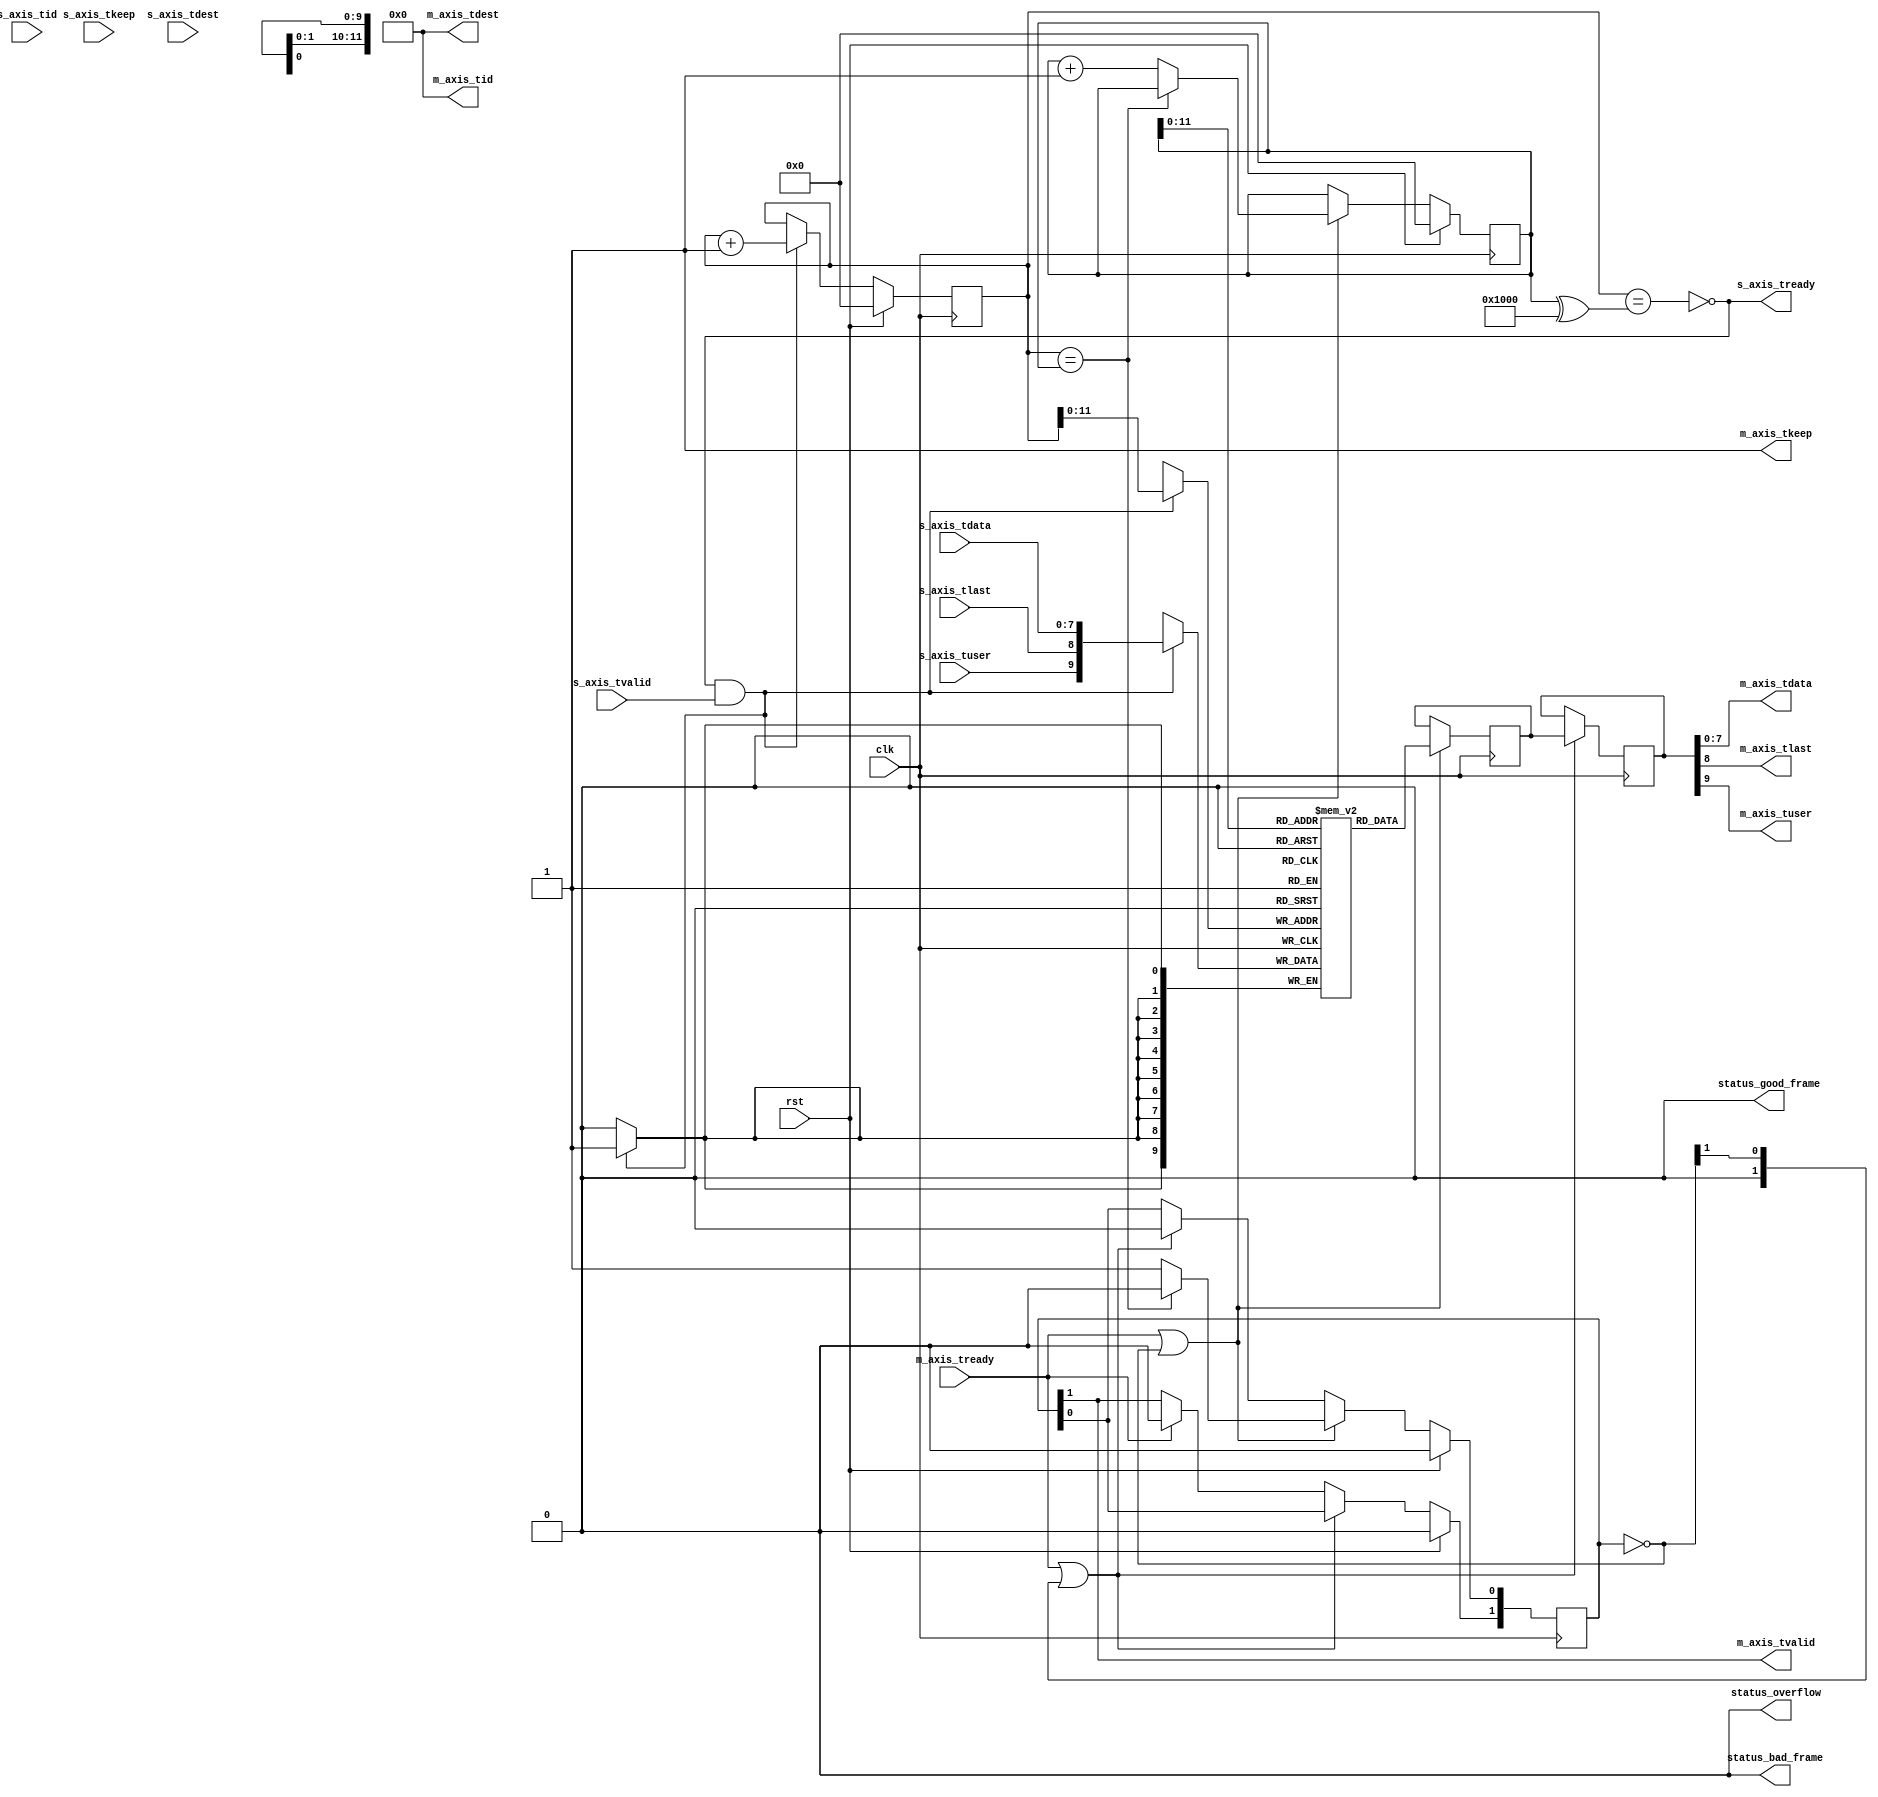
/*

Copyright (c) 2013-2018 Alex Forencich

Permission is hereby granted, free of charge, to any person obtaining a copy
of this software and associated documentation files (the "Software"), to deal
in the Software without restriction, including without limitation the rights
to use, copy, modify, merge, publish, distribute, sublicense, and/or sell
copies of the Software, and to permit persons to whom the Software is
furnished to do so, subject to the following conditions:

The above copyright notice and this permission notice shall be included in
all copies or substantial portions of the Software.

THE SOFTWARE IS PROVIDED "AS IS", WITHOUT WARRANTY OF ANY KIND, EXPRESS OR
IMPLIED, INCLUDING BUT NOT LIMITED TO THE WARRANTIES OF MERCHANTABILITY
FITNESS FOR A PARTICULAR PURPOSE AND NONINFRINGEMENT. IN NO EVENT SHALL THE
AUTHORS OR COPYRIGHT HOLDERS BE LIABLE FOR ANY CLAIM, DAMAGES OR OTHER
LIABILITY, WHETHER IN AN ACTION OF CONTRACT, TORT OR OTHERWISE, ARISING FROM,
OUT OF OR IN CONNECTION WITH THE SOFTWARE OR THE USE OR OTHER DEALINGS IN
THE SOFTWARE.

*/

// Language: Verilog 2001

`timescale 1ns / 1ps

/*
 * AXI4-Stream FIFO
 */
module axis_fifo #
(
    // FIFO depth in words
    // KEEP_WIDTH words per cycle if KEEP_ENABLE set
    // Rounded up to nearest power of 2 cycles
    parameter DEPTH = 4096,
    // Width of AXI stream interfaces in bits
    parameter DATA_WIDTH = 8,
    // Propagate tkeep signal
    // If disabled, tkeep assumed to be 1'b1
    parameter KEEP_ENABLE = (DATA_WIDTH>8),
    // tkeep signal width (words per cycle)
    parameter KEEP_WIDTH = (DATA_WIDTH/8),
    // Propagate tlast signal
    parameter LAST_ENABLE = 1,
    // Propagate tid signal
    parameter ID_ENABLE = 0,
    // tid signal width
    parameter ID_WIDTH = 8,
    // Propagate tdest signal
    parameter DEST_ENABLE = 0,
    // tdest signal width
    parameter DEST_WIDTH = 8,
    // Propagate tuser signal
    parameter USER_ENABLE = 1,
    // tuser signal width
    parameter USER_WIDTH = 1,
    // number of output pipeline registers
    parameter PIPELINE_OUTPUT = 2,
    // Frame FIFO mode - operate on frames instead of cycles
    // When set, m_axis_tvalid will not be deasserted within a frame
    // Requires LAST_ENABLE set
    parameter FRAME_FIFO = 0,
    // tuser value for bad frame marker
    parameter USER_BAD_FRAME_VALUE = 1'b1,
    // tuser mask for bad frame marker
    parameter USER_BAD_FRAME_MASK = 1'b1,
    // Drop frames marked bad
    // Requires FRAME_FIFO set
    parameter DROP_BAD_FRAME = 0,
    // Drop incoming frames when full
    // When set, s_axis_tready is always asserted
    // Requires FRAME_FIFO set
    parameter DROP_WHEN_FULL = 0
)
(
    input  wire                   clk,
    input  wire                   rst,

    /*
     * AXI input
     */
    input  wire [DATA_WIDTH-1:0]  s_axis_tdata,
    input  wire [KEEP_WIDTH-1:0]  s_axis_tkeep,
    input  wire                   s_axis_tvalid,
    output wire                   s_axis_tready,
    input  wire                   s_axis_tlast,
    input  wire [ID_WIDTH-1:0]    s_axis_tid,
    input  wire [DEST_WIDTH-1:0]  s_axis_tdest,
    input  wire [USER_WIDTH-1:0]  s_axis_tuser,

    /*
     * AXI output
     */
    output wire [DATA_WIDTH-1:0]  m_axis_tdata,
    output wire [KEEP_WIDTH-1:0]  m_axis_tkeep,
    output wire                   m_axis_tvalid,
    input  wire                   m_axis_tready,
    output wire                   m_axis_tlast,
    output wire [ID_WIDTH-1:0]    m_axis_tid,
    output wire [DEST_WIDTH-1:0]  m_axis_tdest,
    output wire [USER_WIDTH-1:0]  m_axis_tuser,

    /*
     * Status
     */
    output wire                   status_overflow,
    output wire                   status_bad_frame,
    output wire                   status_good_frame
);

parameter ADDR_WIDTH = (KEEP_ENABLE && KEEP_WIDTH > 1) ? $clog2(DEPTH/KEEP_WIDTH) : $clog2(DEPTH);

localparam KEEP_OFFSET = DATA_WIDTH;
localparam LAST_OFFSET = KEEP_OFFSET + (KEEP_ENABLE ? KEEP_WIDTH : 0);
localparam ID_OFFSET   = LAST_OFFSET + (LAST_ENABLE ? 1          : 0);
localparam DEST_OFFSET = ID_OFFSET   + (ID_ENABLE   ? ID_WIDTH   : 0);
localparam USER_OFFSET = DEST_OFFSET + (DEST_ENABLE ? DEST_WIDTH : 0);
localparam WIDTH       = USER_OFFSET + (USER_ENABLE ? USER_WIDTH : 0);

reg [ADDR_WIDTH:0] wr_ptr_reg = {ADDR_WIDTH+1{1'b0}};
reg [ADDR_WIDTH:0] wr_ptr_cur_reg = {ADDR_WIDTH+1{1'b0}};
reg [ADDR_WIDTH:0] rd_ptr_reg = {ADDR_WIDTH+1{1'b0}};

reg [WIDTH-1:0] mem[(2**ADDR_WIDTH)-1:0];
reg [WIDTH-1:0] mem_read_data_reg;
reg mem_read_data_valid_reg = 1'b0;

wire [WIDTH-1:0] s_axis;

reg [WIDTH-1:0] m_axis_pipe_reg[PIPELINE_OUTPUT-1:0];
reg [PIPELINE_OUTPUT-1:0] m_axis_tvalid_pipe_reg = 1'b0;

// full when first MSB different but rest same
wire full = wr_ptr_reg == (rd_ptr_reg ^ {1'b1, {ADDR_WIDTH{1'b0}}});
wire full_cur = wr_ptr_cur_reg == (rd_ptr_reg ^ {1'b1, {ADDR_WIDTH{1'b0}}});
// empty when pointers match exactly
wire empty = wr_ptr_reg == rd_ptr_reg;
// overflow within packet
wire full_wr = wr_ptr_reg == (wr_ptr_cur_reg ^ {1'b1, {ADDR_WIDTH{1'b0}}});

reg drop_frame_reg = 1'b0;
reg overflow_reg = 1'b0;
reg bad_frame_reg = 1'b0;
reg good_frame_reg = 1'b0;

assign s_axis_tready = FRAME_FIFO ? (!full_cur || full_wr || DROP_WHEN_FULL) : !full;

generate
    assign s_axis[DATA_WIDTH-1:0] = s_axis_tdata;
    if (KEEP_ENABLE) assign s_axis[KEEP_OFFSET +: KEEP_WIDTH] = s_axis_tkeep;
    if (LAST_ENABLE) assign s_axis[LAST_OFFSET]               = s_axis_tlast;
    if (ID_ENABLE)   assign s_axis[ID_OFFSET   +: ID_WIDTH]   = s_axis_tid;
    if (DEST_ENABLE) assign s_axis[DEST_OFFSET +: DEST_WIDTH] = s_axis_tdest;
    if (USER_ENABLE) assign s_axis[USER_OFFSET +: USER_WIDTH] = s_axis_tuser;
endgenerate

assign m_axis_tvalid = m_axis_tvalid_pipe_reg[PIPELINE_OUTPUT-1];

assign m_axis_tdata = m_axis_pipe_reg[PIPELINE_OUTPUT-1][DATA_WIDTH-1:0];
assign m_axis_tkeep = KEEP_ENABLE ? m_axis_pipe_reg[PIPELINE_OUTPUT-1][KEEP_OFFSET +: KEEP_WIDTH] : {KEEP_WIDTH{1'b1}};
assign m_axis_tlast = LAST_ENABLE ? m_axis_pipe_reg[PIPELINE_OUTPUT-1][LAST_OFFSET]               : 1'b1;
assign m_axis_tid   = ID_ENABLE   ? m_axis_pipe_reg[PIPELINE_OUTPUT-1][ID_OFFSET   +: ID_WIDTH]   : {ID_WIDTH{1'b0}};
assign m_axis_tdest = DEST_ENABLE ? m_axis_pipe_reg[PIPELINE_OUTPUT-1][DEST_OFFSET +: DEST_WIDTH] : {DEST_WIDTH{1'b0}};
assign m_axis_tuser = USER_ENABLE ? m_axis_pipe_reg[PIPELINE_OUTPUT-1][USER_OFFSET +: USER_WIDTH] : {USER_WIDTH{1'b0}};

assign status_overflow = overflow_reg;
assign status_bad_frame = bad_frame_reg;
assign status_good_frame = good_frame_reg;

// Write logic
always @(posedge clk) begin
    overflow_reg <= 1'b0;
    bad_frame_reg <= 1'b0;
    good_frame_reg <= 1'b0;

    if (s_axis_tready && s_axis_tvalid) begin
        // transfer in
        if (!FRAME_FIFO) begin
            // normal FIFO mode
            mem[wr_ptr_reg[ADDR_WIDTH-1:0]] <= s_axis;
            wr_ptr_reg <= wr_ptr_reg + 1;
        end else if (full_cur || full_wr || drop_frame_reg) begin
            // full, packet overflow, or currently dropping frame
            // drop frame
            drop_frame_reg <= 1'b1;
            if (s_axis_tlast) begin
                // end of frame, reset write pointer
                wr_ptr_cur_reg <= wr_ptr_reg;
                drop_frame_reg <= 1'b0;
                overflow_reg <= 1'b1;
            end
        end else begin
            mem[wr_ptr_cur_reg[ADDR_WIDTH-1:0]] <= s_axis;
            wr_ptr_cur_reg <= wr_ptr_cur_reg + 1;
            if (s_axis_tlast) begin
                // end of frame
                if (DROP_BAD_FRAME && USER_BAD_FRAME_MASK & ~(s_axis_tuser ^ USER_BAD_FRAME_VALUE)) begin
                    // bad packet, reset write pointer
                    wr_ptr_cur_reg <= wr_ptr_reg;
                    bad_frame_reg <= 1'b1;
                end else begin
                    // good packet, update write pointer
                    wr_ptr_reg <= wr_ptr_cur_reg + 1;
                    good_frame_reg <= 1'b1;
                end
            end
        end
    end

    if (rst) begin
        wr_ptr_reg <= {ADDR_WIDTH+1{1'b0}};
        wr_ptr_cur_reg <= {ADDR_WIDTH+1{1'b0}};

        drop_frame_reg <= 1'b0;
        overflow_reg <= 1'b0;
        bad_frame_reg <= 1'b0;
        good_frame_reg <= 1'b0;
    end
end

// Read logic
integer j;

always @(posedge clk) begin
    if (m_axis_tready) begin
        // output ready; invalidate stage
        m_axis_tvalid_pipe_reg[PIPELINE_OUTPUT-1] <= 1'b0;
    end

    for (j = PIPELINE_OUTPUT-1; j > 0; j = j - 1) begin
        if (m_axis_tready || ((~m_axis_tvalid_pipe_reg) >> j)) begin
            // output ready or bubble in pipeline; transfer down pipeline
            m_axis_tvalid_pipe_reg[j] <= m_axis_tvalid_pipe_reg[j-1];
            m_axis_pipe_reg[j] <= m_axis_pipe_reg[j-1];
            m_axis_tvalid_pipe_reg[j-1] <= 1'b0;
        end
    end

    if (m_axis_tready || ~m_axis_tvalid_pipe_reg) begin
        // output ready or bubble in pipeline; read new data from FIFO
        m_axis_tvalid_pipe_reg[0] <= 1'b0;
        m_axis_pipe_reg[0] <= mem[rd_ptr_reg[ADDR_WIDTH-1:0]];
        if (!empty) begin
            // not empty, increment pointer
            m_axis_tvalid_pipe_reg[0] <= 1'b1;
            rd_ptr_reg <= rd_ptr_reg + 1;
        end
    end

    if (rst) begin
        rd_ptr_reg <= {ADDR_WIDTH+1{1'b0}};
        m_axis_tvalid_pipe_reg <= {PIPELINE_OUTPUT{1'b0}};
    end
end

endmodule